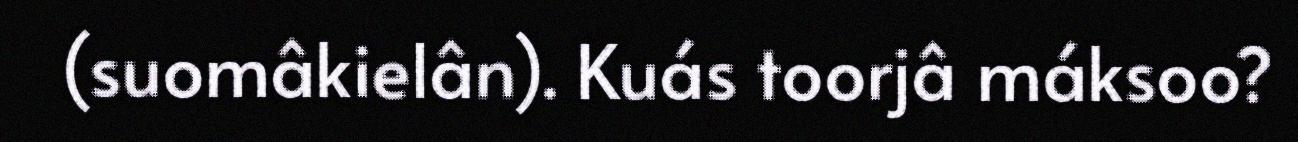
(suomâkielân). Kuás toorjâ máksoo?